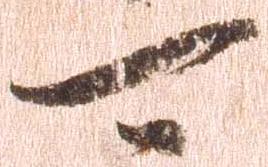
可